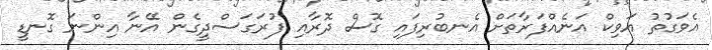
އެވަގުތު އަވިކް އަނެއްފަރާތަށް އެނބުރިފައި ގޮސް ދޮރާއި ފުރަގަސްދީގެން އޭނާ އިންނަ ގޮނޑީ